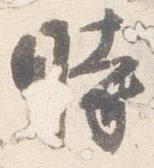
時